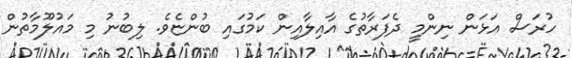
ހުރަސް އަޅަން ނިންމީ ދެފަރާތުގެ އާއިލާއިން ކަމުގައި ބުންޏެވެ. ލިބުނު މި މައުލޫމާތުން